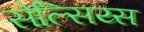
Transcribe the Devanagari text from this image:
सेल्सिय्स